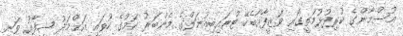
އުސްމާންގެ ކުރިފުޅުމަތީގައި ވަޒީފާއާބެހޭ ޓްރައިބިއުނަލްގެ މެންބަރު ކަމުގެ ހުވައި އަޙްމަދު ޝިފާޢު ވަނީ